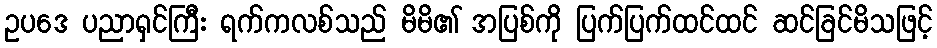
ဥပဒေ ပညာရှင်ကြီး ရက်ကလစ်သည် မိမိ၏ အပြစ်ကို ပြက်ပြက်ထင်ထင် ဆင်ခြင်မိသဖြင့်